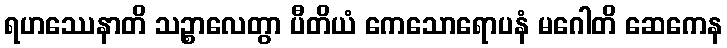
ရဟဿေနာတိ သဉ္စာလေတွာ ပီတိယံ ကေသောရောပနံ မဂေါတိ ဆေကေန